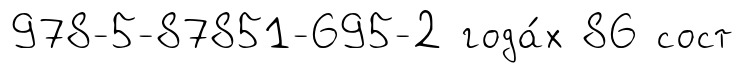
978-5-87851-695-2 года́х 86 сост